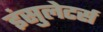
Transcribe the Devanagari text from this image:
इंसुलेटर्स